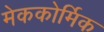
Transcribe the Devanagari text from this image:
मेककोर्मिक